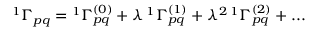
\begin{array} { r } { { ^ { 1 } { \Gamma } _ { p q } } = { ^ { 1 } { \Gamma } _ { p q } ^ { ( 0 ) } } + \lambda \, { ^ { 1 } { \Gamma } _ { p q } ^ { ( 1 ) } } + \lambda ^ { 2 } \, { ^ { 1 } { \Gamma } _ { p q } ^ { ( 2 ) } } + . . . \, } \end{array}